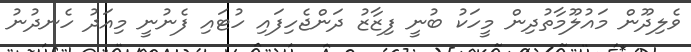
ވެލިދޫން މައުލޫމާތުދިން މީހަކު ބުނީ ފިޒާޒު ދަންޖެހިފައި ހުޓައި ފެނުނީ މިއަދު ހެނދުނު